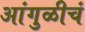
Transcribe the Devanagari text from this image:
आंगुळीचं